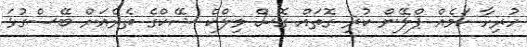
ހުރިހާ ކަމެއް ޕްލޭން ކުރި ގޮތައް ގޮސް މިލްކް ޝޭކްގެ ތެރެއަށް ބޭސްގުޅަ